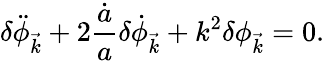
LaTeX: \delta\ddot{\phi}_{\vec{k}}+2\frac{\dot{a}}{a}\delta\dot{\phi}_{\vec{k}}+k^{2}\delta\phi_{\vec{k}}=0.